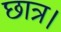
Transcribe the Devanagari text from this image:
छात्र।